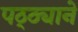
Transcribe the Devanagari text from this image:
पठ्ठ्याने